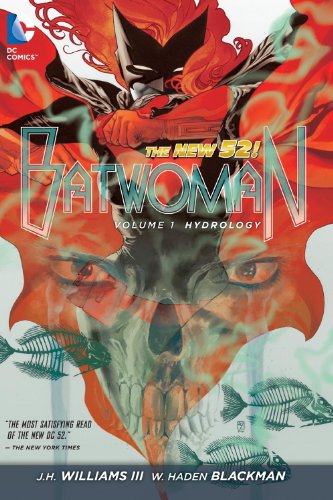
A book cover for Batwoman Vol. 1: Hydrology (The New 52); J.H. Williams III; Science & Math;